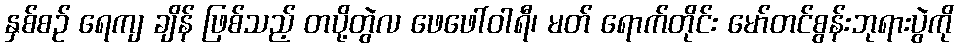
နှစ်စဉ် ရေကျ ချိန် ဖြစ်သည့် တပို့တွဲလ ဖေဖေါ်ဝါရီ၊ မတ် ရောက်တိုင်း မော်တင်စွန်းဘုရားပွဲကို